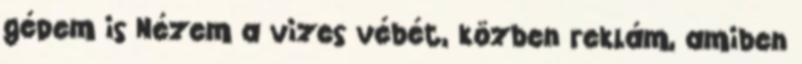
gépem is Nézem a vizes vébét, közben reklám, amiben